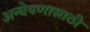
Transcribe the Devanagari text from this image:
अन्वेषणासाठी